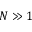
N \gg 1